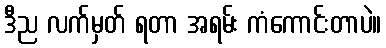
ဒီည လက်မှတ် ရတာ အရမ်း ကံကောင်းတာပဲ။